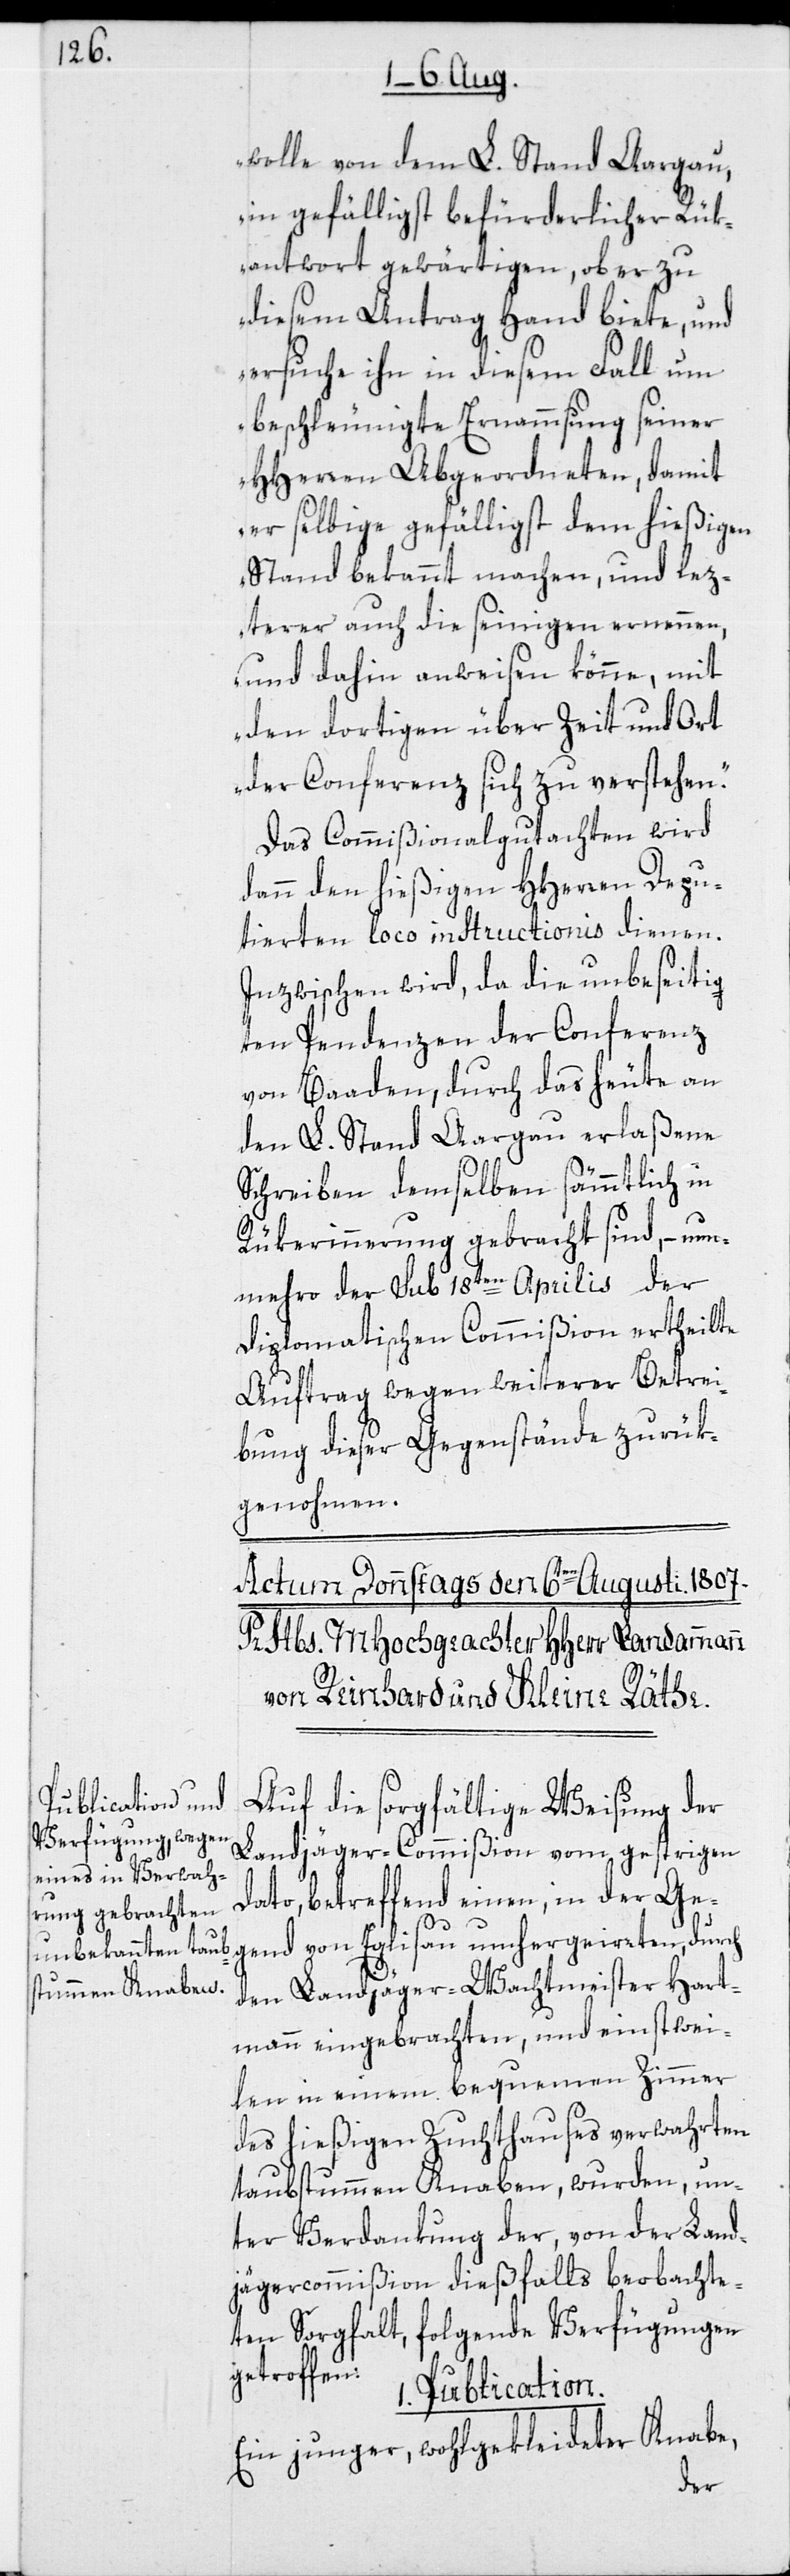
wolle von dem L. Stand Aargau,
in gefälligst befürderlicher Rük¬
antwort gewärtigen, ob er zu
diesem Antrag Hand biete, und
ersuche ihn in diesem Fall um
beschleunigte Ernammsung seiner
HHerren Abgeordneten, damit
er selbige gefälligst dem hießigen
Stand bekannt machen, und lez¬
terer auch die seinigen ernennen,
und dahin anweisen könne, mit
den dortigen über Zeit und Ort
der Conferenz sich zu verstehen.“
Das Commißionalgutachten wird
dann den hießigen HHerren Depu¬
tierten loco instructionis dienen.
Inzwischen wird, da die unbeseitig¬
ten Pendenzen der Conferenz
von Baaden, durch das heute an
den L. Stand Aargau erlaßene
Schreiben demselben sämmtlich in
Rükerinnerung gebracht sind, – nun¬
mehro der sub 18ten Aprilis der
Diplomatischen Commißion ertheilte
Auftrag wegen weiterer Betrei¬
bung dieser Gegenstände zurük¬
genohmen.
Auf die sorgfältige Weisung der
Landjäger-Commißion vom gestrigen
Dato, betreffend einen, in der Ge¬
gend von Eglisau umhergeirrten, durch
den Landjäger-Wachtmeister Hart¬
mann eingebrachten, und einstwei¬
len in einem bequemen Zimmer
des hießigen Zuchthauses verwahrten
taubstummen Knaben, wurden, un¬
ter Verdankung der, von der Land¬
jägercommißion dießfalls beobachte¬
ten Sorgfalt, folgende Verfügungen
getroffen:
1. Publication.
Ein junger, wohlgekleideter Knabe,